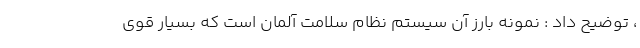
، توضیح داد : نمونه بارز آن سیستم نظام سلامت آلمان است که بسیار قوی